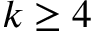
k \geq 4